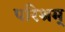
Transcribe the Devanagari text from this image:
परिश्रम्